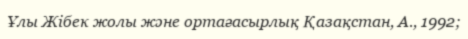
Ұлы Жібек жолы және ортағасырлық Қазақстан, А., 1992;